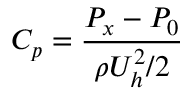
C _ { p } = \frac { P _ { x } - P _ { 0 } } { \rho U _ { h } ^ { 2 } / 2 }